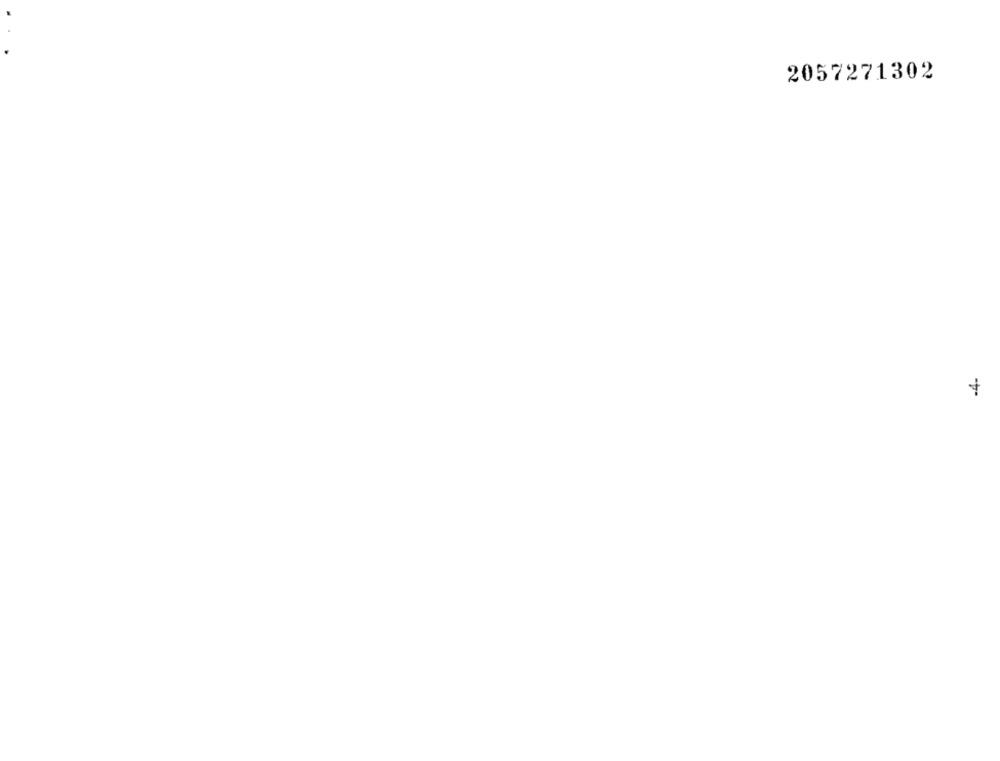
2057271302
-4-